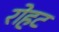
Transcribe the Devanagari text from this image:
रोहट